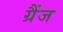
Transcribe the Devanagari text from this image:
ग्रैंज